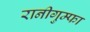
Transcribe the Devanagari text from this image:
रानीगुम्फा